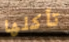
تأكلها